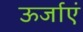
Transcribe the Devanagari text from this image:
ऊर्जाएं